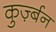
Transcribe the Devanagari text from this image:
कुर्ज़्बन